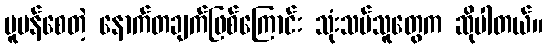
ပူပန်စေတဲ့ နောက်တချက်ဖြစ်ကြောင်း သုံးသပ်သူတွေက ဆိုပါတယ်။